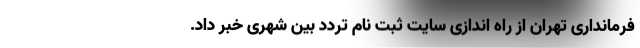
فرمانداری تهران از راه اندازی سایت ثبت نام تردد بین شهری خبر داد.